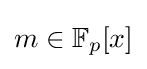
m\in \mathbb {F} _{p}[x]